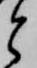
と